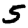
Digit: 5